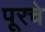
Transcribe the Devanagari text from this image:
पूरचे